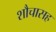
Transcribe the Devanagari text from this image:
शौचासह